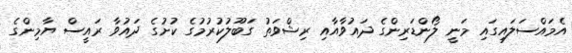
އެމައްސަލައިގައި މަނީ ލޯންޑަރިންގެ ދައުވާއާއި ރިޝްވަތު ގަބޫލުކުރުމުގެ ކުށުގެ ދައުވާ ރައީސް ޔާމިންގެ